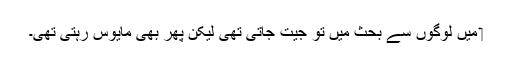
‏ مَیں لوگوں سے بحث میں تو جیت جاتی تھی لیکن پھر بھی مایوس رہتی تھی۔